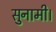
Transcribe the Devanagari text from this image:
सुनामी।